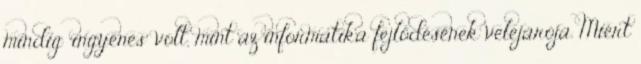
mindig "ingyenes" volt, mint az informatika fejlődésének velejárója. Miért